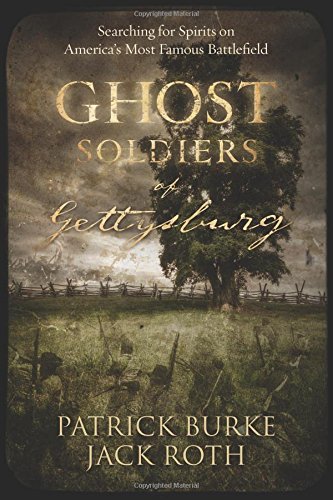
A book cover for Ghost Soldiers of Gettysburg: Searching for Spirits on America's Most Famous Battlefield; Jack Roth; Religion & Spirituality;